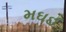
મઘઈ